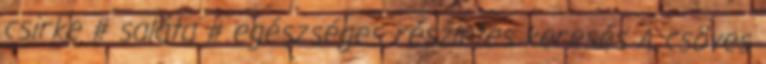
csirke # saláta # egészséges részletes keresés A csöves